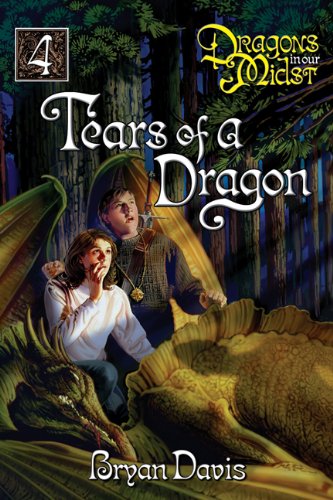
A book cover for Tears of a Dragon (The Dragons in Our Midst, Book 4); Bryan Davis; Teen & Young Adult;